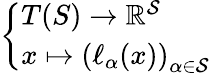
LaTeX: \left\{ \begin{array}{ll}{T(S)\to\mathbb{R}^{\mathcal{S}}}\\ {x\mapsto\left(\ell_{\alpha}(x)\right)_{\alpha\in{\mathcal{S}}}}\end{array}\right.